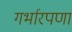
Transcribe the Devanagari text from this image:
गर्भारपणा